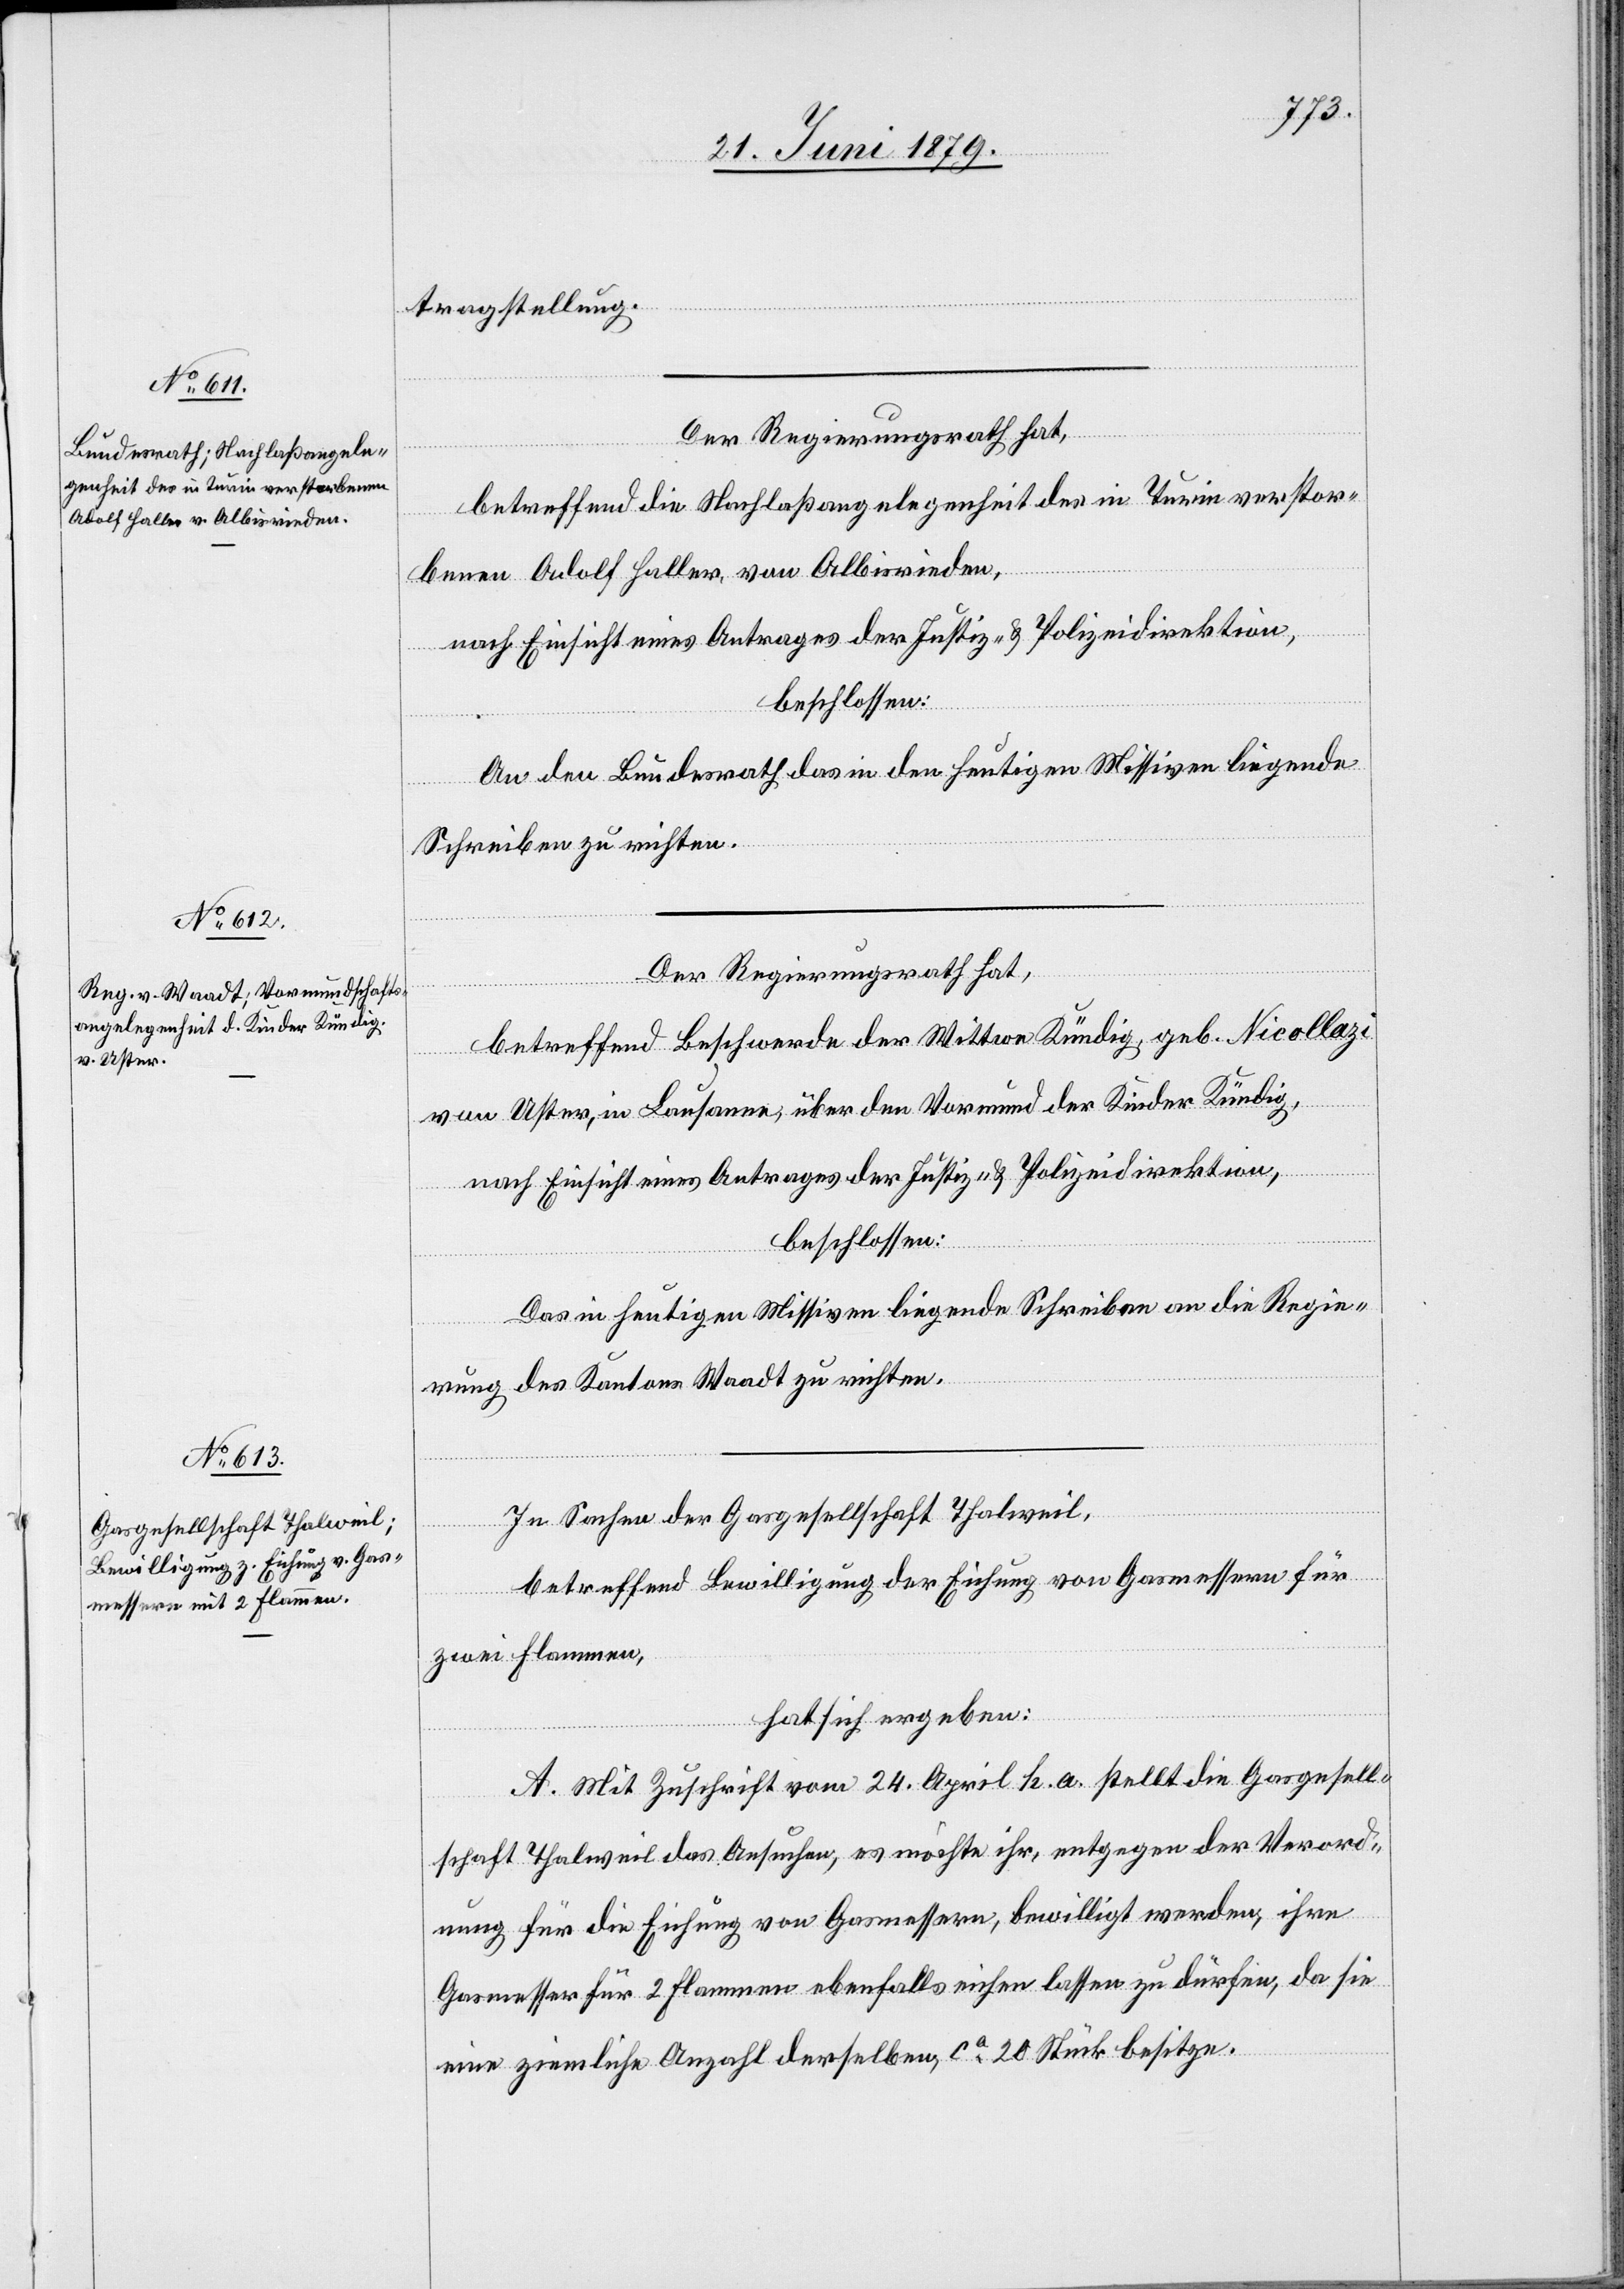
tragstellung.
Der Regierungsrath hat,
betreffend die Nachlaßangelegenheit des in Turin verstor¬
benen Adolf Haller, von Albisrieden,
nach Einsicht eines Antrages der Justiz- & Polizeidirektion,
beschlossen:
An den Bundesrath das in den heutigen Missiven liegende
Schreiben zu richten.
Der Regierungsrath hat,
betreffend Beschwerde der Wittwe Kündig, geb. Nicollazi
von Uster, in Lausanne, über den Vormund der Kinder Kündig,
nach Einsicht eines Antrages der Justiz- & Polizeidirektion,
beschlossen:
Das in heutigen Missiven liegende Schreiben an die Regie¬
rung des Kantons Waadt zu richten.
In Sachen der Gasgesellschaft Thalweil,
betreffend Bewilligung der Eichung von Gasmessern für
zwei Flammen,
hat sich ergeben:
A. Mit Zuschrift vom 24. April h. a. stellt die Gasgesell¬
schaft Thalweil das Ansuchen, es möchte ihr, entgegen der Verord¬
nung für die Eichung von Gasmessern, bewilligt werden, ihre
Gasmesser für 2 Flammen ebenfalls eichen lassen zu dürfen, da sie
eine ziemliche Anzahl derselben, ca 20 Stück besitze.